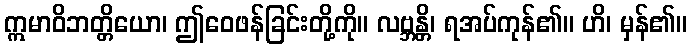
ဣမာဝိဘတ္တိယော၊ ဤဝေဖန်ခြင်းတို့ကို။ လဗ္ဘန္တိ၊ ရအပ်ကုန်၏။ ဟိ၊ မှန်၏။